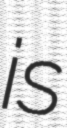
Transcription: is